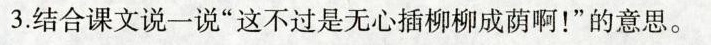
3.结合课文说一说”这不过是无心插柳柳成荫啊！”的意思。